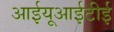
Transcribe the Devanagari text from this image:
आईयूआईटीई